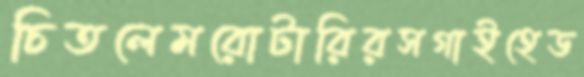
চিতলেমরোটারিরসগাইহেড